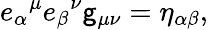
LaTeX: {e_{\alpha}}^{\mu}{e_{\beta}}^{\nu}\mathsf{g}_{\mu\nu}=\eta_{\alpha\beta},